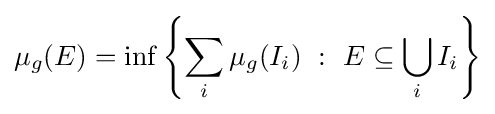
\mu _{g}(E)=\inf \left\{\sum _{i}\mu _{g}(I_{i})\ :\ E\subseteq \bigcup _{i}I_{i}\right\}